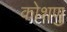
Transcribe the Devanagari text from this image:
कोशणु